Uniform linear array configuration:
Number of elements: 48
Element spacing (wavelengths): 0.75
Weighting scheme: binomial
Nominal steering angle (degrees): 30
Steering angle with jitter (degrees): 31.675
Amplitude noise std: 0.05
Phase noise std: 0.05

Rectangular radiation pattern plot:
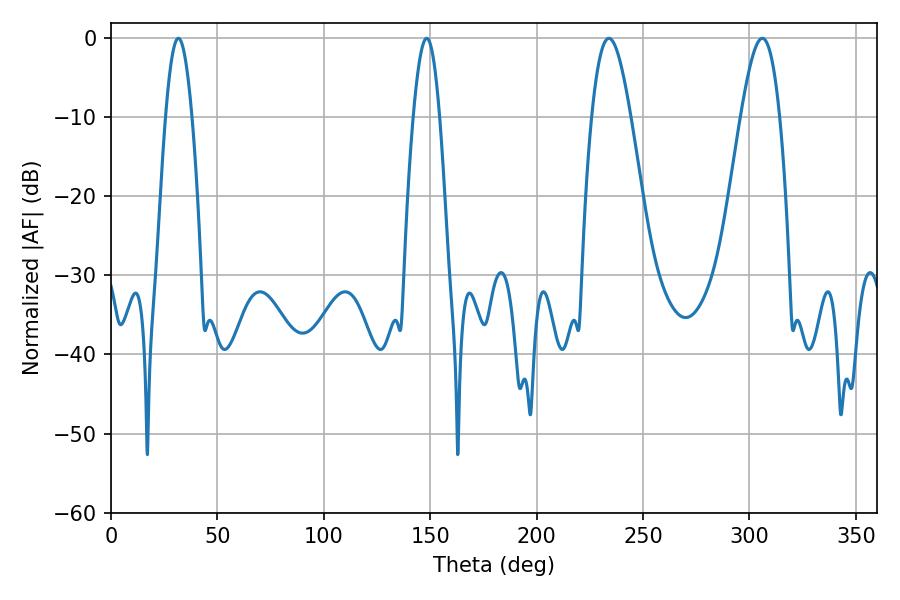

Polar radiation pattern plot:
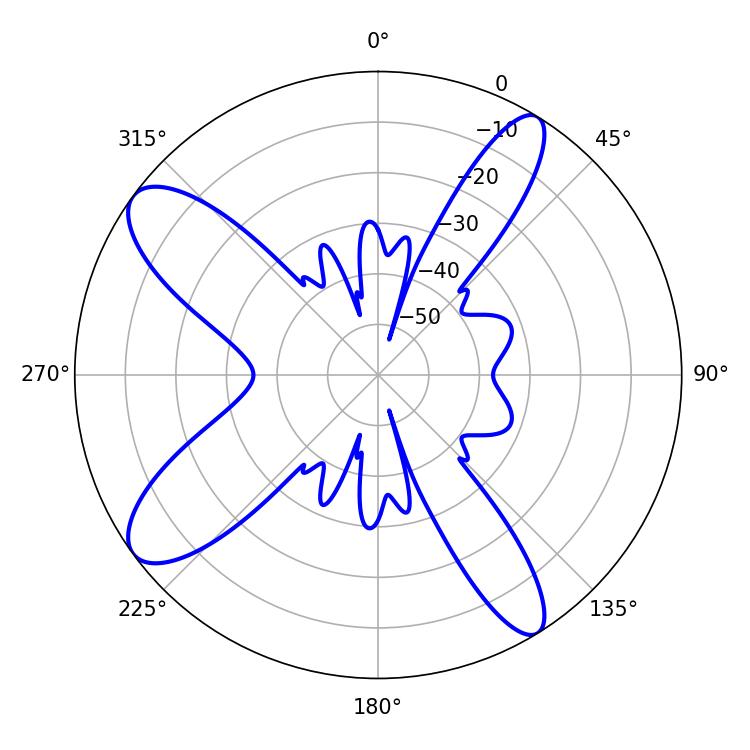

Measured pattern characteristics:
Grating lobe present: TRUE
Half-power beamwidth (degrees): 6.66
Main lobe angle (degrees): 31.68